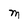
Character: M